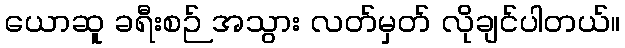
ယောဆူ ခရီးစဉ် အသွား လတ်မှတ် လိုချင်ပါတယ်။